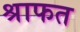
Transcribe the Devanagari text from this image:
श्राफत